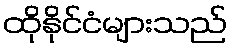
ထိုနိုင်ငံများသည်